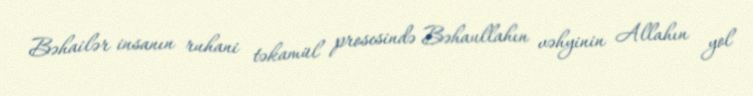
Bəhailər insanın ruhani təkamül prosesində Bəhaullahın vəhyinin Allahın yol